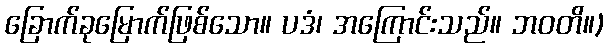
ခြောက်ခုမြောက်ဖြစ်သော။ ပဒံ၊ အကြောင်းသည်။ ဘဝတိ။)